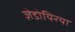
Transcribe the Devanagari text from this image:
ज़ेडोयिरया